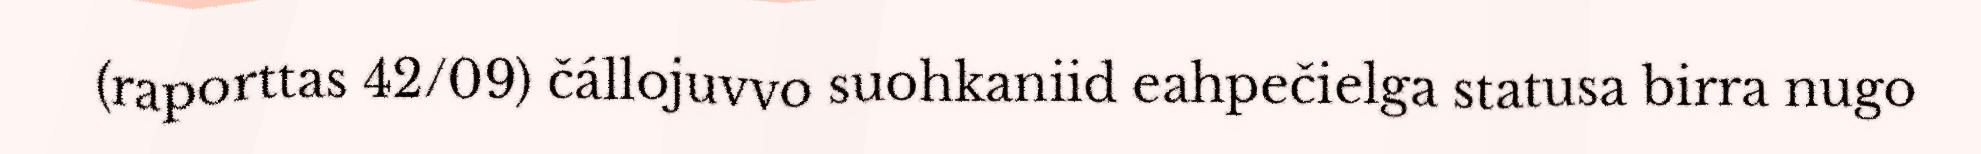
(raporttas 42/09) čállojuvvo suohkaniid eahpečielga statusa birra nugo